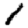
Digit: 1